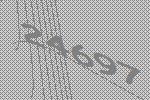
24697